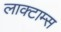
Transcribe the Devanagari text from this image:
लाक्टाम्स